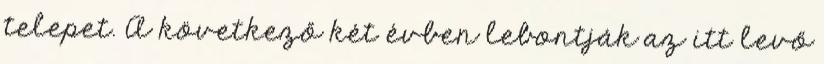
telepet. A következő két évben lebontják az itt levő